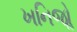
ખનિજોૢ